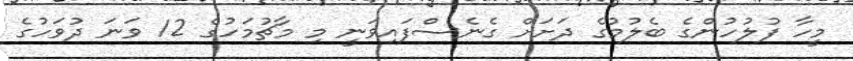
މީހާ ފުލުހުންގެ ބެލުމުގެ ދަށަށް ގެނެސްފައިވަނީ މި މާޗުމަހުގެ 12 ވަނަ ދުވަހުގެ